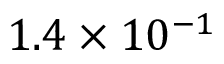
1 . 4 \times 1 0 ^ { - 1 }